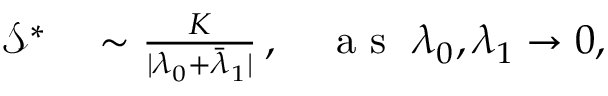
\begin{array} { r l } { \mathcal { S } ^ { * } } & { { } \sim \frac { K } { \vert \lambda _ { 0 } + \bar { \lambda } _ { 1 } \vert } \, , ~ ~ ~ \mathrm { ~ a ~ s ~ } ~ \lambda _ { 0 } , \lambda _ { 1 } \rightarrow 0 , } \end{array}